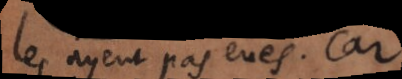
les ayent pas eues. Car